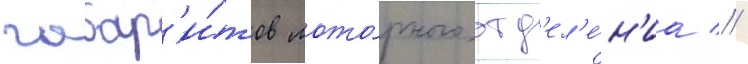
габар'и́тов мото́рного отд'ел'е́н'иа //